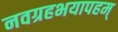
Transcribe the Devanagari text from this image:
नवग्रहभयापहम्